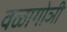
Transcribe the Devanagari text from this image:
वळागोञी